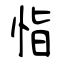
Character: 恉